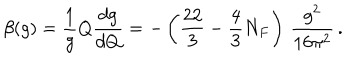
\beta ( g ) = \frac { 1 } { g } Q \frac { d g } { d Q } = - \left( \frac { 2 2 } { 3 } - \frac { 4 } { 3 } N _ { F } \right) \, \frac { g ^ { 2 } } { 1 6 \pi ^ { 2 } } \, .